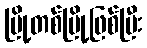
မြို့တစ်မြို့ဖြစ်ပြီး